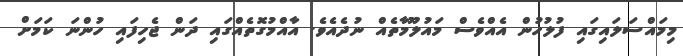
މިމައްސަލައިގައި ފުލުހުން އެއްވެސް މައުލޫމާތެއް ނުދެއެވެ. އާއްމުގޮތެއްގައި ދަން ޖެހިފައި ހުންނަ ކަމަށް